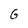
Character: G